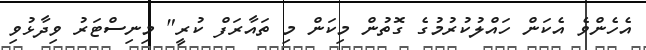
އެހެންވެ އެކަން ހައްލުކުރުމުގެ ގޮތުން މިކަން މި ތައާރަފް ކުރީ" މިނިސްޓަރު ވިދާޅުވި